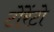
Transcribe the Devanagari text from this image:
टोंरेंटो